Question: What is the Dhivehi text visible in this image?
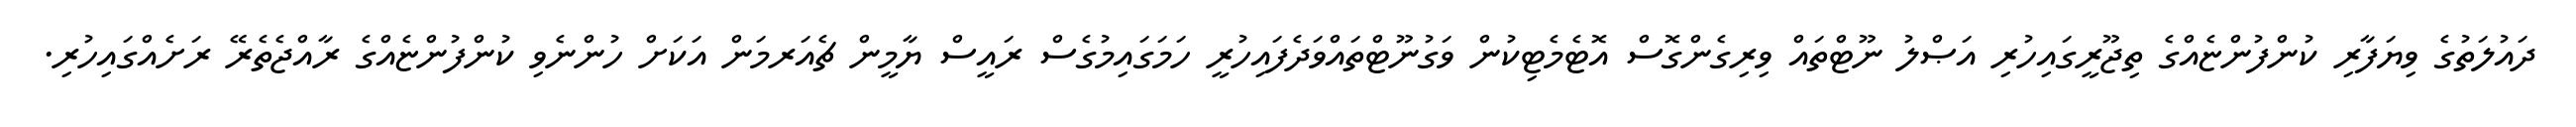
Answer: ދައުލަތުގެ ވިޔަފާރި ކުންފުންޏެއްގެ ތިޖޫރީގައިހުރި އަޞްލު ނޫޓްތައް ވިރިގެންގޮސް އޮޓެމެޓިކުން ވަގުނޫޓްތައްވަދެފައިހުރީ ހަމަގައިމުގެސް ރައީސް ޔާމީން ޗެއަރމަން އަކަށް ހުންނެވި ކުންފުންޏެއްގެ ރާއްޖެތެރޭ ރަށެއްގައިހުރި.